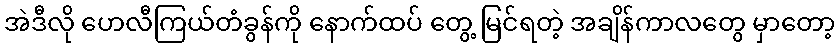
အဲဒီလို ဟေလီကြယ်တံခွန်ကို နောက်ထပ် တွေ့ မြင်ရတဲ့ အချိန်ကာလတွေ မှာတော့